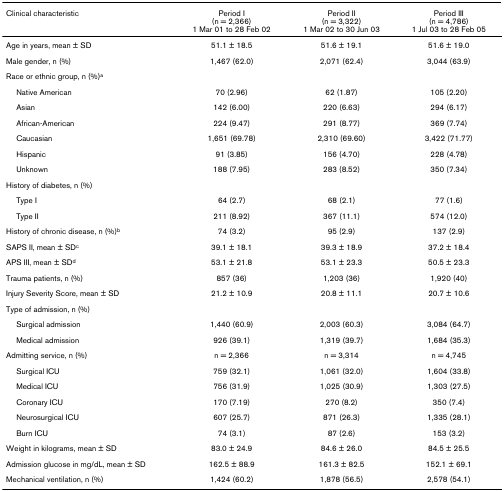
<table><thead><tr><td><b>Clinical characteristic</b></td><td><b>Period I(n = 2,366)1 Mar 01 to 28 Feb 02</b></td><td><b>Period II(n = 3,322)1 Mar 02 to 30 Jun 03</b></td><td><b>Period III(n = 4,786)1 Jul 03 to 28 Feb 05</b></td></tr></thead><tbody><tr><td>Age in years, mean ± SD</td><td>51.1 ± 18.5</td><td>51.6 ± 19.1</td><td>51.6 ± 19.0</td></tr><tr><td>Male gender, n (%)</td><td>1,467 (62.0)</td><td>2,071 (62.4)</td><td>3,044 (63.9)</td></tr><tr><td>Race or ethnic group, n (%)<sup>a</sup></td><td></td><td></td><td></td></tr><tr><td> Native American</td><td>70 (2.96)</td><td>62 (1.87)</td><td>105 (2.20)</td></tr><tr><td> Asian</td><td>142 (6.00)</td><td>220 (6.63)</td><td>294 (6.17)</td></tr><tr><td> African-American</td><td>224 (9.47)</td><td>291 (8.77)</td><td>369 (7.74)</td></tr><tr><td> Caucasian</td><td>1,651 (69.78)</td><td>2,310 (69.60)</td><td>3,422 (71.77)</td></tr><tr><td> Hispanic</td><td>91 (3.85)</td><td>156 (4.70)</td><td>228 (4.78)</td></tr><tr><td> Unknown</td><td>188 (7.95)</td><td>283 (8.52)</td><td>350 (7.34)</td></tr><tr><td>History of diabetes, n (%)</td><td></td><td></td><td></td></tr><tr><td> Type I</td><td>64 (2.7)</td><td>68 (2.1)</td><td>77 (1.6)</td></tr><tr><td> Type II</td><td>211 (8.92)</td><td>367 (11.1)</td><td>574 (12.0)</td></tr><tr><td>History of chronic disease, n (%)<sup>b</sup></td><td>74 (3.2)</td><td>95 (2.9)</td><td>137 (2.9)</td></tr><tr><td>SAPS II, mean ± SD<sup>c</sup></td><td>39.1 ± 18.1</td><td>39.3 ± 18.9</td><td>37.2 ± 18.4</td></tr><tr><td>APS III, mean ± SD<sup>d</sup></td><td>53.1 ± 21.8</td><td>53.1 ± 23.3</td><td>50.5 ± 23.3</td></tr><tr><td>Trauma patients, n (%)</td><td>857 (36)</td><td>1,203 (36)</td><td>1,920 (40)</td></tr><tr><td>Injury Severity Score, mean ± SD</td><td>21.2 ± 10.9</td><td>20.8 ± 11.1</td><td>20.7 ± 10.6</td></tr><tr><td>Type of admission, n (%)</td><td></td><td></td><td></td></tr><tr><td> Surgical admission</td><td>1,440 (60.9)</td><td>2,003 (60.3)</td><td>3,084 (64.7)</td></tr><tr><td> Medical admission</td><td>926 (39.1)</td><td>1,319 (39.7)</td><td>1,684 (35.3)</td></tr><tr><td>Admitting service, n (%)</td><td>n = 2,366</td><td>n = 3,314</td><td>n = 4,745</td></tr><tr><td> Surgical ICU</td><td>759 (32.1)</td><td>1,061 (32.0)</td><td>1,604 (33.8)</td></tr><tr><td> Medical ICU</td><td>756 (31.9)</td><td>1,025 (30.9)</td><td>1,303 (27.5)</td></tr><tr><td> Coronary ICU</td><td>170 (7.19)</td><td>270 (8.2)</td><td>350 (7.4)</td></tr><tr><td> Neurosurgical ICU</td><td>607 (25.7)</td><td>871 (26.3)</td><td>1,335 (28.1)</td></tr><tr><td> Burn ICU</td><td>74 (3.1)</td><td>87 (2.6)</td><td>153 (3.2)</td></tr><tr><td>Weight in kilograms, mean ± SD</td><td>83.0 ± 24.9</td><td>84.6 ± 26.0</td><td>84.5 ± 25.5</td></tr><tr><td>Admission glucose in mg/dL, mean ± SD</td><td>162.5 ± 88.9</td><td>161.3 ± 82.5</td><td>152.1 ± 69.1</td></tr><tr><td>Mechanical ventilation, n (%)</td><td>1,424 (60.2)</td><td>1,878 (56.5)</td><td>2,578 (54.1)</td></tr></tbody></table>